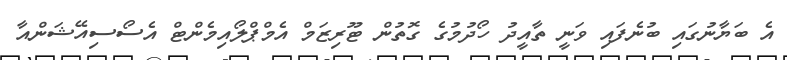
އެ ބަޔާނުގައި ބުނެފައި ވަނީ ތާއީދު ހޯދުމުގެ ގޮތުން ޓޫރިޒަމް އެމްޕްލޯއިމެންޓް އެސޯސިއޭޝަންއާ